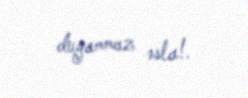
duyammaz əsla!.